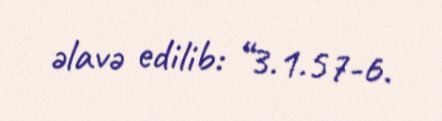
əlavə edilib: “3.1.57-6.